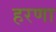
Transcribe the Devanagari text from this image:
हरणा